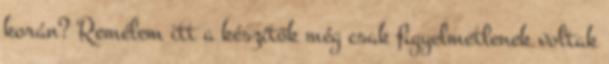
korán? Remélem itt a készítők még csak figyelmetlenek voltak